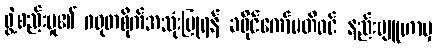
ဖွဲ့စည်းမှု၏ ဂရုတစိုက်အသုံးပြုရန် ခရိုင်ကော်မတီဝင် နည်းဗျူဟာမှ